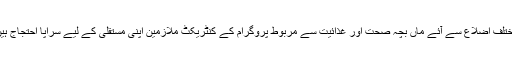
مختلف اضلاع سے آئے ماں بچہ صحت اور غذائیت سے مربوط پروگرام کے کنٹریکٹ ملازمین اپنی مستقلی کے لیے سراپا احتجاج ہیں۔